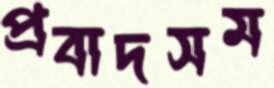
প্রবাদসম